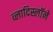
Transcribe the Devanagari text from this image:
व्लादिस्लॉने